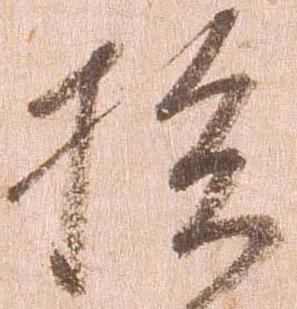
損